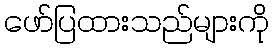
ဖော်ပြထားသည်များကို